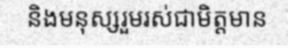
និងមនុស្សរួមរស់ជាមិត្តមាន